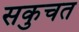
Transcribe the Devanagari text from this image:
सकुचत